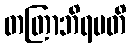
တတြာဘိရမတိ